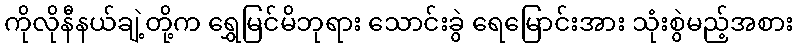
ကိုလိုနီနယ်ချဲ့တို့က ရွှေမြင်မိဘုရား သောင်းခွဲ ရေမြောင်းအား သုံးစွဲမည့်အစား